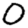
Digit: 0